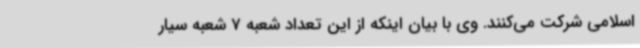
اسلامی شرکت می‌کنند. وی با بیان اینکه از این تعداد شعبه 7 شعبه سیار